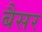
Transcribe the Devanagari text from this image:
बैसर